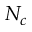
N _ { c }